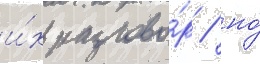
и́х разгово́р / но́